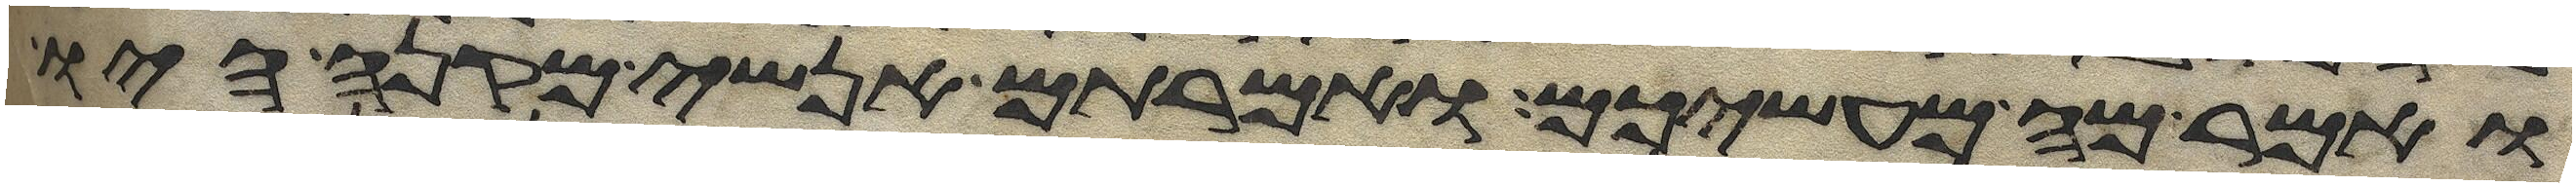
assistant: ואמר מה מעשיכם ואמרתם אנשי מקנה היו